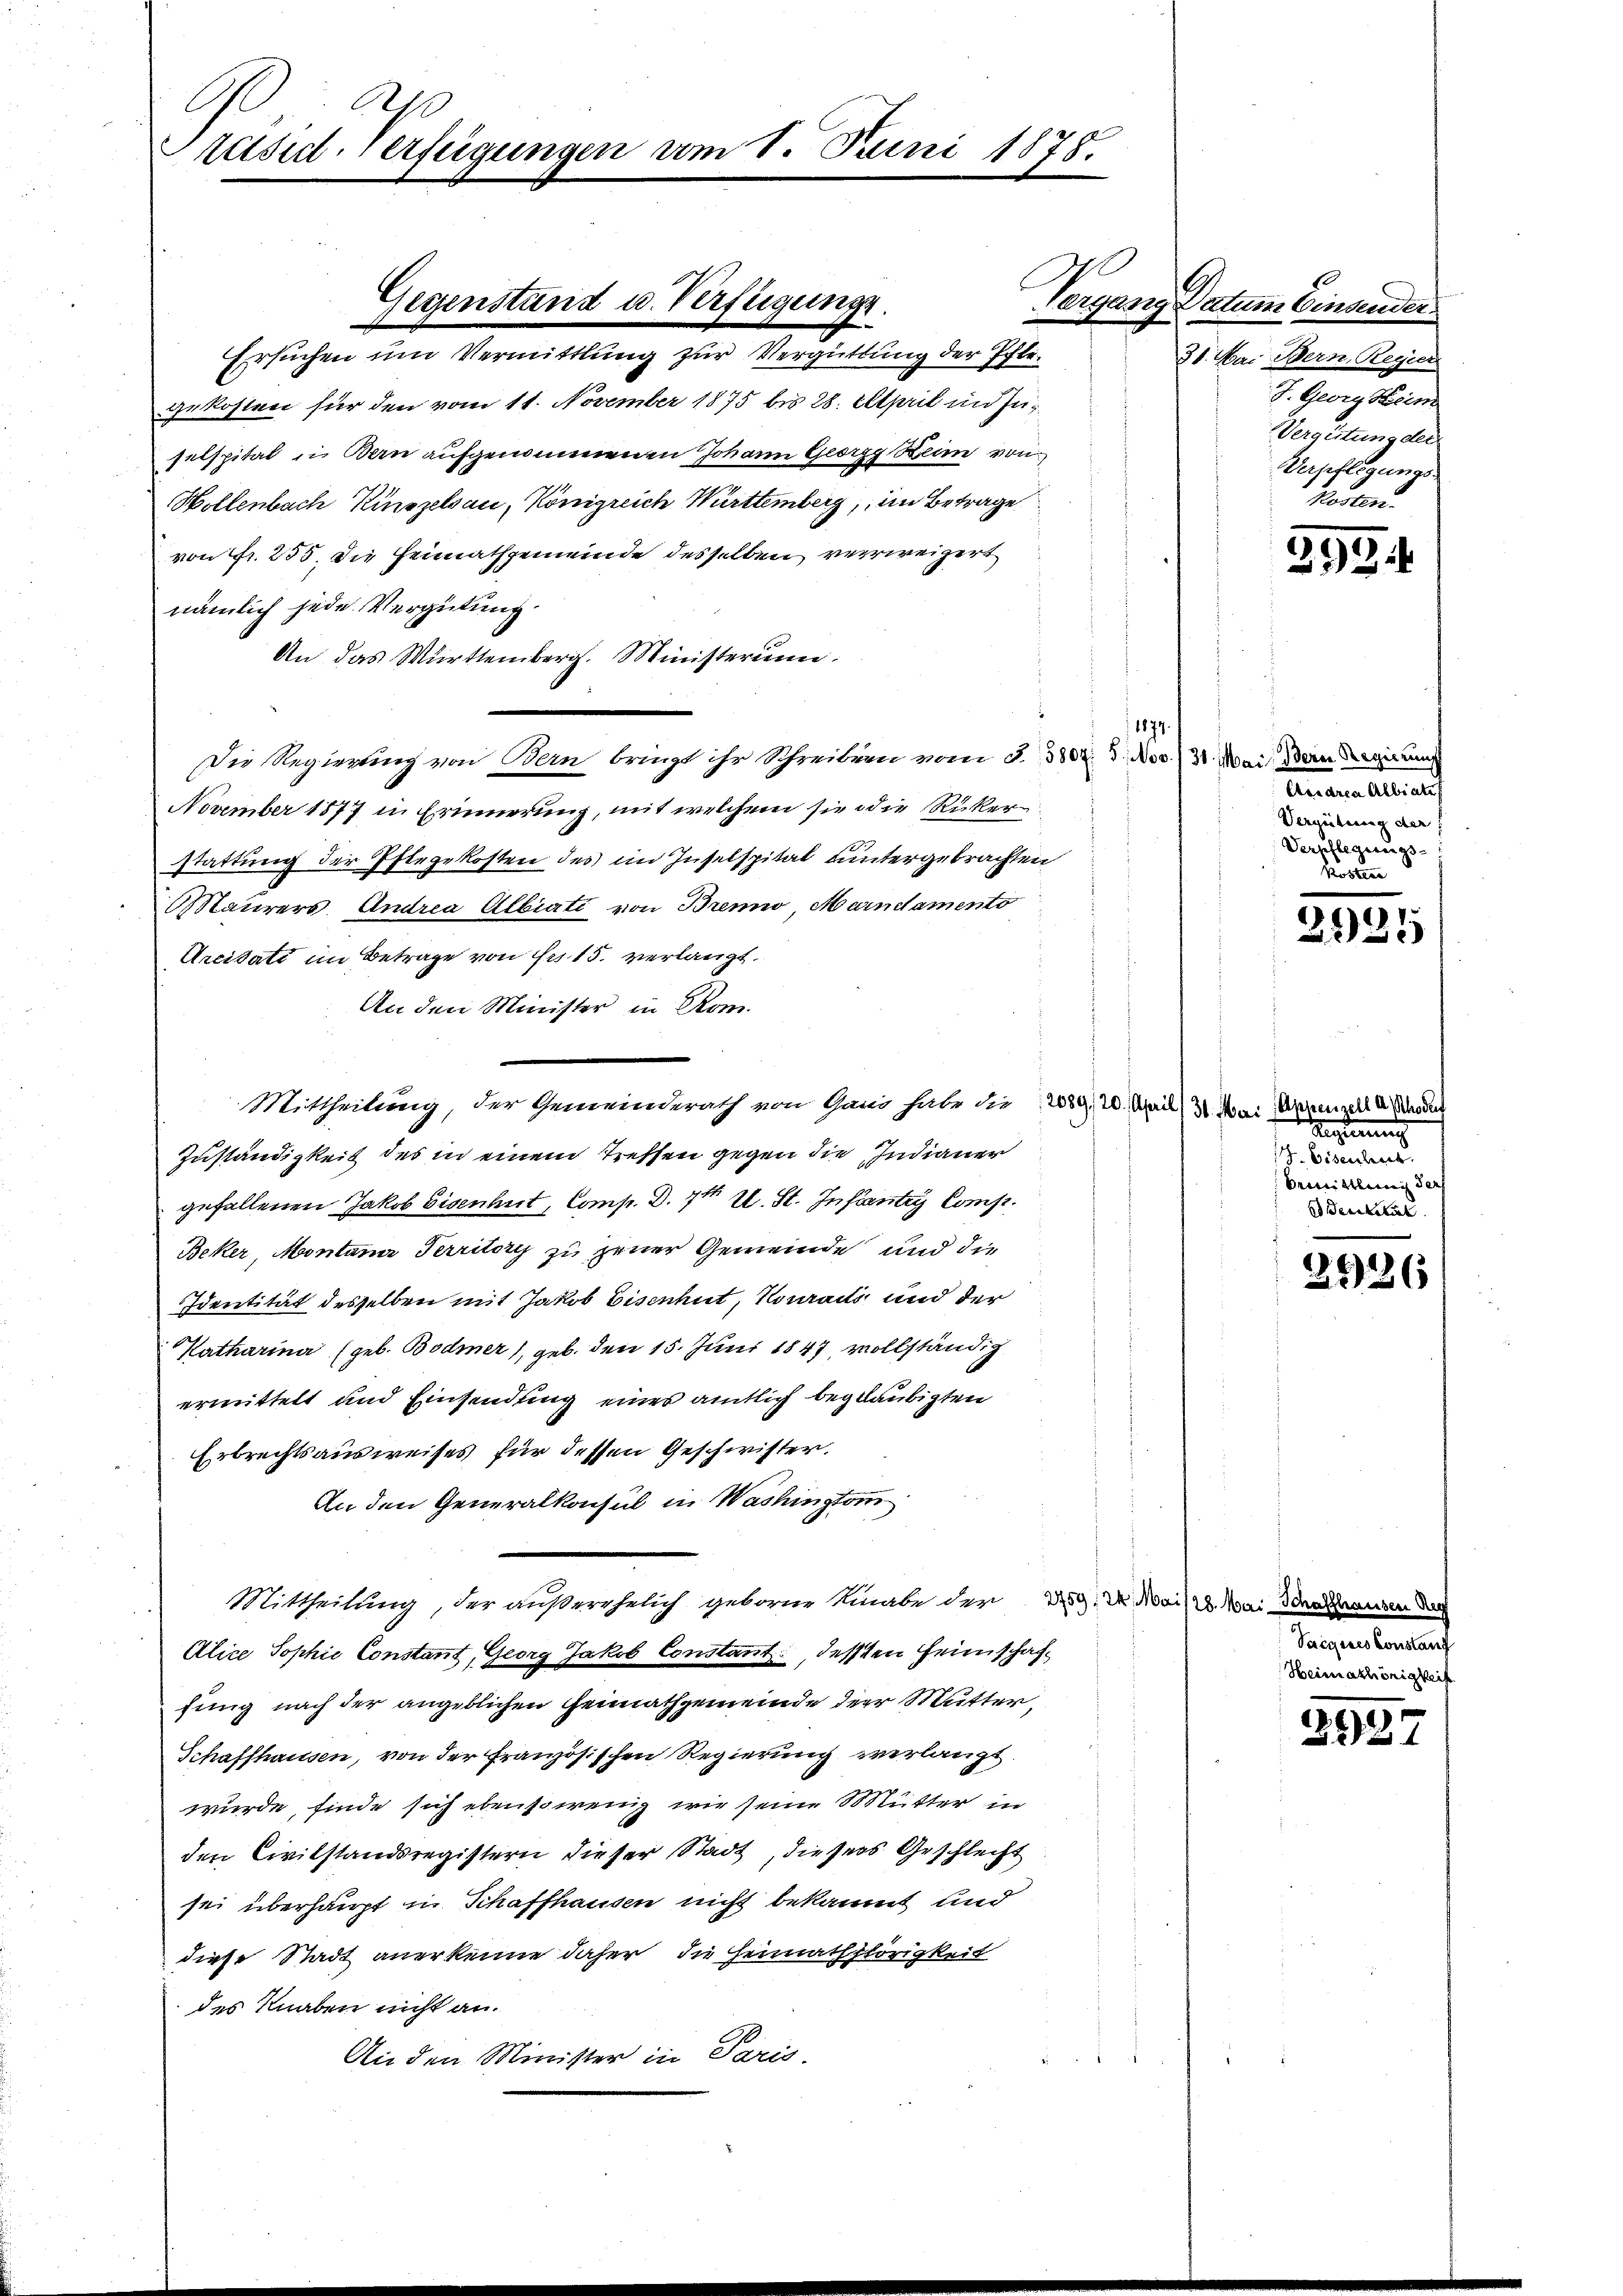
Ah
Präsid. Verfügungen vom 1. Juni 1878.

Gegenstand u. Verfügungs

Ersuchen um Vermittlung zur Vergüttung der Pflegekosten für den vom 11. November 1875 bis 28. April in Juselspital in Bern aufgenommenen Johann Georg Beim von
Hollenbach Kinszelsau, Königreich Württemberg, im Betrage
von Fr. 255, die Heimathgemeinde desselben verweigert
nämlich jede Vergütung.
An das Württemberg. Ministerien.
Die Regierung von Bern bringt ihr Schreiben vom 3. 380. 3. Nov. 31. Mai eingerun
November 1877 in Erinnerung, mit welchem sie die Ricker-
stattung der Isergekosten des im Inselspital untergebrachten
Maurers. Andrea Albiati von Bremio Mandamento
Arcitati im Betrage von Fr. 15. verlangt.
An den Minister in Rom.
Mittheilung, der Gemeinderath von Gand habe die 2089, 20. April (31. Mai, Appenzell A. Schaden
Zuständigkeit des in einem treffen gegen die Indianer
gefallenen Jakob Eisenhut, Comp. D. 7 u. St. Infante Comp.
Beker, Montana Perritory zu jener Gemeinde und die
Identität desselben mit Jakob Eisenhut, Konrads und der
Katharina (geb. Bodmer, geb. den 15. Juni 1847 vollständig
ermittelt und Einsendung eines amtlich beglaubigten
Erbrechtsausweises für dessen Geschwister.
An den Generalkonsul in Washington
Mittheilung, der außerehelich geboren Knabe der Zug. d. Mai den denkenden der
Alice Sophie Constant, Georg Jakob Constant, dessen Heimschaffung nach der angeblichen Heimathgemeinde der Mutter,
Schaffhausen, von der Französischen Regierung verlangt.
wurde, finde sich ebensowenig wie seine Mutter in
den Civilstandsregistern dieser Stadt, dieses Geschlecht
sei überhaupt in Schaffhausen nicht bekannt und
diese Stadt anerkenne daher die Heimathflörigkeit
des Knaben nicht an.
An den Minister in Paris

1874.

10
Vergang Datum Einsender
31. Mai Bern, Regier
F. Georg Heim
Vergütung der
Verpflegungs-
Posten.

3954

Ammann Aliatis
Vergüterung der
Verpflegungs-
Kosten

)

x
)

Regierung
. betreten
bemittlung der
e einzeleit

2926

Sacques Konstan
Heimathörigkei

2927